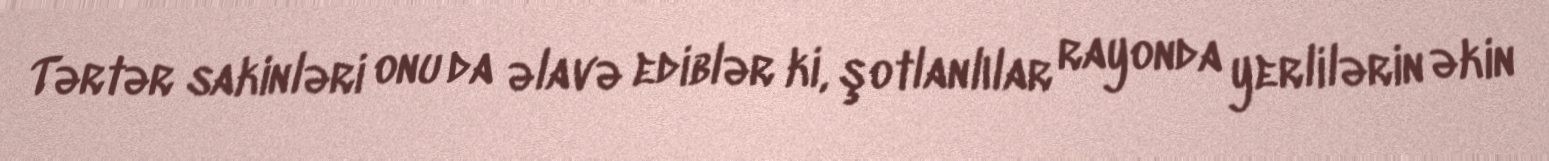
Tərtər sakinləri onu da əlavə ediblər ki, şotlanlılar rayonda yerlilərin əkin